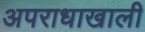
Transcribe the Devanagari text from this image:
अपराधाखाली